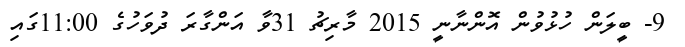
9- ބީލަން ހުޅުވުން އޮންނާނީ 2015 މާރިޗު 31ވާ އަންގާރަ ދުވަހުގެ 11:00ގައި